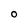
Character: O